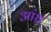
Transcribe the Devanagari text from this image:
अांध्र